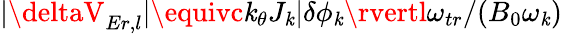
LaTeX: \lvert\deltaV_{Er,l}\rvert\equivc\mathit{k}_{\theta}J_{\mathit{k}}\lvert\delta\phi_{\mathit{k}}\rvertl\omega_{tr}/(B_{0}\omega_{\mathit{k}})